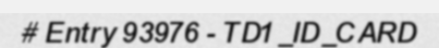
# Entry 93976 - TD1_ID_CARD